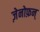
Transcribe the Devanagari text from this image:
ज़ेनोफ़न्